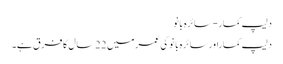
دلیپ کمار-سائرہ بانو
دلیپ کماراورسائرہ بانو کی عمر میں 22سال کا فرق ہے۔